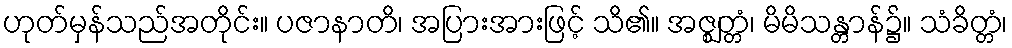
ဟုတ်မှန်သည်အတိုင်း။ ပဇာနာတိ၊ အပြားအားဖြင့် သိ၏။ အဇ္ဈတ္တံ၊ မိမိသန္တာန်၌။ သံခိတ္တံ၊